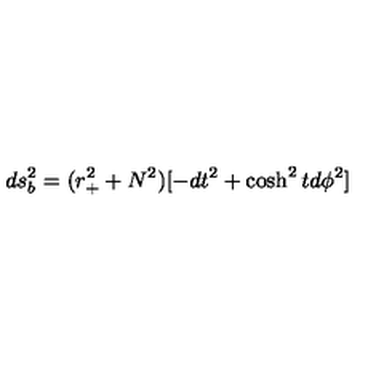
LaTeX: d s _ { b } ^ { 2 } = ( r _ { + } ^ { 2 } + N ^ { 2 } ) [ - d t ^ { 2 } + \cosh ^ { 2 } t d \phi ^ { 2 } ]